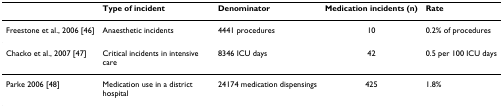
|  | Type of incident | Denominator | Medication incidents (n) | Rate |
 | --- | --- | --- | --- | --- |
 | Freestone et al., 2006 [46] | Anaesthetic incidents | 4441 procedures | 10 | 0.2% of procedures |
 | Chacko et al., 2007 [47] | Critical incidents in intensive care | 8346 ICU days | 42 | 0.5 per 100 ICU days |
 | Parke 2006 [48] | Medication use in a district hospital | 24174 medication dispensings | 425 | 1.8% |